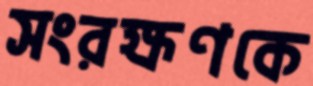
সংরক্ষণকে